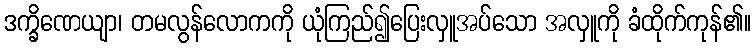
ဒက္ခိဏေယျာ၊ တမလွန်လောကကို ယုံကြည်၍ပြေးလှူအပ်သော အလှူကို ခံထိုက်ကုန်၏။